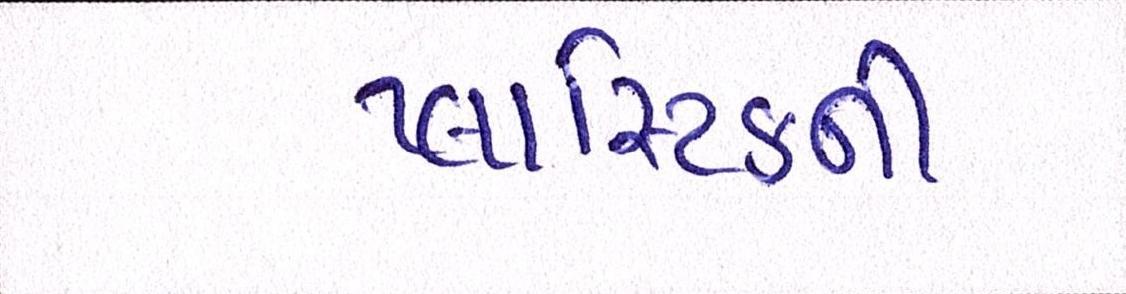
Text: પ્લાસ્ટીકની